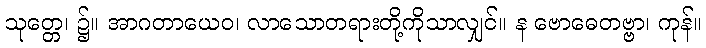
သုတ္တေ၊ ၌။ အာဂတာယေဝ၊ လာသောတရားတို့ကိုသာလျှင်။ န ဗောဓေတဗ္ဗာ၊ ကုန်။